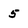
Character: 5